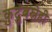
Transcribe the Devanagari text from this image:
कुटुंबस्नेही